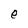
Character: e